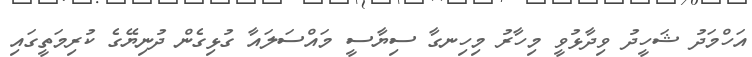
އަހްމަދު ޝަހީދު ވިދާޅުވީ މިހާރު މިހިނގާ ސިޔާސީ މައްސަލައާ ގުޅިގެން ދުނިޔޭގެ ކުރިމަތީގައި